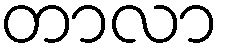
တာလာ